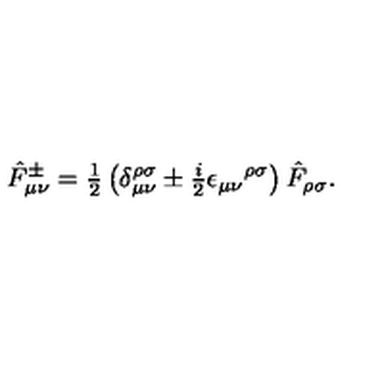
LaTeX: \hat { F } _ { \mu \nu } ^ { \pm } = { \textstyle \frac { 1 } { 2 } } \left( \delta _ { \mu \nu } ^ { \rho \sigma } \pm { \textstyle \frac { i } { 2 } } \epsilon _ { \mu \nu } { } ^ { \rho \sigma } \right) \hat { F } _ { \rho \sigma } .